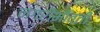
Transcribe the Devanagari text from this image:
नगरीभोवती